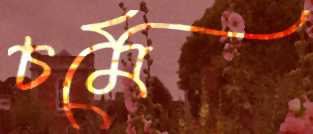
চর্মে